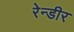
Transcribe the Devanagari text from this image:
रेन्डीर